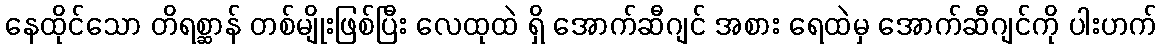
နေထိုင်သော တိရစ္ဆာန် တစ်မျိုးဖြစ်ပြီး လေထုထဲ ရှိ အောက်ဆီဂျင် အစား ရေထဲမှ အောက်ဆီဂျင်ကို ပါးဟက်